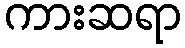
ကားဆရာ